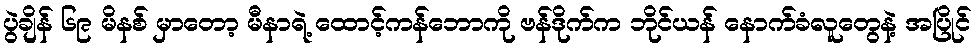
ပွဲချိန် ၆၉ မိနစ် မှာတော့ မီနာရဲ့ ထောင့်ကန်ဘောကို ဗန်ဒိုက်က ဘိုင်ယန် နောက်ခံလူတွေနဲ့ အပြိုင်